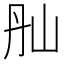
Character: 𡵕